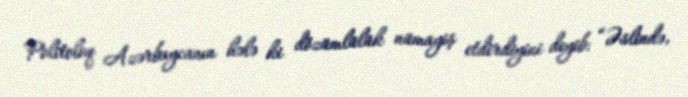
Politoloq Azərbaycanın hələ ki dözümlülük nümayiş etdirdiyini deyib: “Əslində,